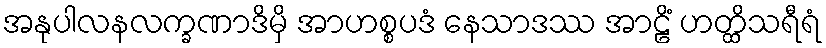
အနုပါလနလက္ခဏာဒိမှိ အာဟစ္စပဒံ နေသာဒဿ အာဠိံ ဟတ္ထိသရီရံ